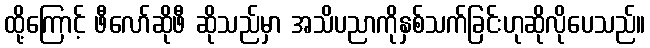
ထို့ကြောင့် ဖီလော်ဆိုဖီ ဆိုသည်မှာ အသိပညာကိုနှစ်သက်ခြင်းဟုဆိုလိုပေသည်။